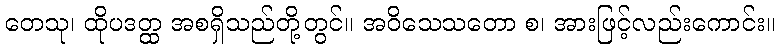
တေသု၊ ထိုပဒတ္ထ အစရှိသည်တို့တွင်။ အဝိသေသတော စ၊ အားဖြင့်လည်းကောင်း။